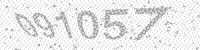
Solution: 091057